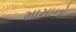
મામાનો